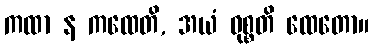
ကထာ န ကထေတိ, အယံ ဝုစ္စတိ ထေတော။